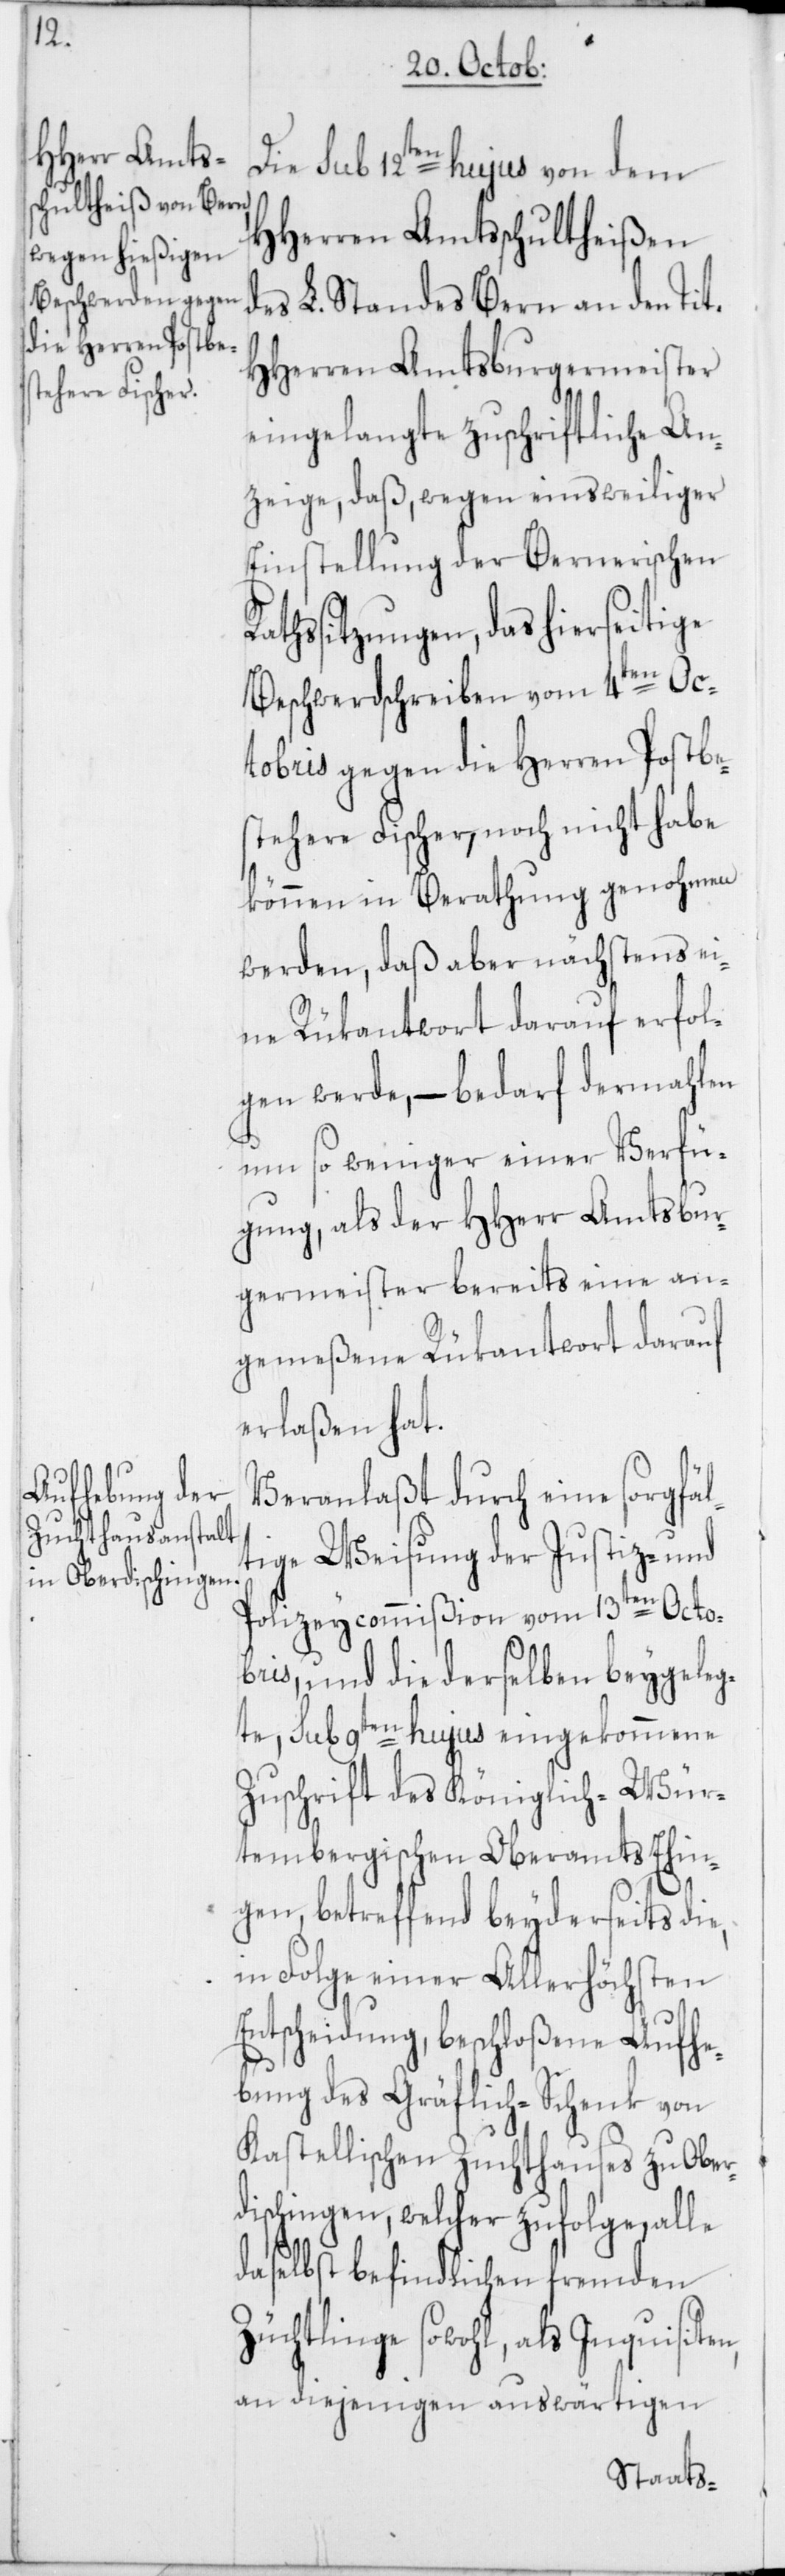
de¬
Die sub 12ten hujus von dem
Herren Amtschultheißen
s L. Standes Bern an den Tit.
HHerren Amtsburgermeister
eingelangte zuschriftliche An¬
zeige, daß, wegen einsweiliger
Einstellung der Bernerischen
Rathssitzungen, das hierseitige
Beschwerdschreiben vom 4ten Oc¬
tobris gegen die Herren Postbe¬
stehere Fischer, noch nicht habe
können in Berathung genohmen
werden, daß aber nächstens ei¬
ne Rükantwort darauf erfol¬
gen werde, – bedarf dermahlen
um so weniger einer Verfü¬
gung, als der HHerr Amtsbur¬
germeister bereits eine an¬
gemeßene Rükantwort darauf
erlaßen hat.
Veranlaßt durch eine sorgfäl¬
tige Weisung der Justiz- und
Polizeycommißion vom 13ten Octo¬
bris, und die derselben beygeleg¬
te, sub 9ten hujus eingekommene
Zuschrift des Königlich-Wür¬
tembergischen Oberamts Ehin¬
gen, betreffend beyderseits die,
in Folge einer Allerhöchsten
Entscheidung, beschloßene Aufhe¬
bung des Gräflich-Schenk von
Kastellischen Zuchthauses zu Ober¬
dischingen, welcher zufolge, alle
daselbst befindlichen fremden
Züchtlinge sowohl, als Inquisiten,
an diejenigen auswärtigen